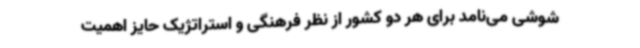
شوشی می‌نامد برای هر دو کشور از نظر فرهنگی و استراتژیک حایز اهمیت